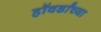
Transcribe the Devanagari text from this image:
हॉवर्डांच्या